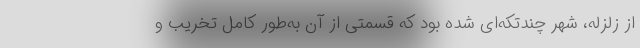
از زلزله، شهر چندتکه‌ای شده بود که قسمتی از آن به‌طور کامل تخریب و